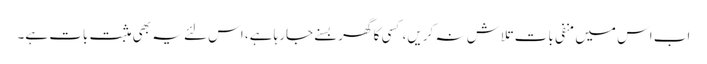
اب اس میں منفی بات تلاش نہ کریں، کسی کا گھر بسنے جارہا ہے، اس لئے یہ بھی مثبت بات ہے۔